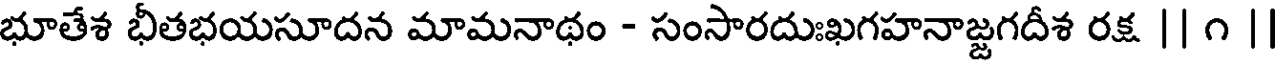
భూతేశ భీతభయసూదన మామనాథం - సంసారదుఃఖగహనాజ్జగదీశ రక్ష || ౧ |